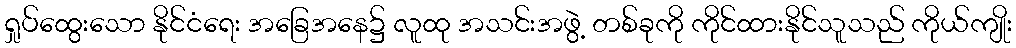
ရှုပ်ထွေးသော နိုင်ငံရေး အခြေအနေ၌ လူထု အသင်းအဖွဲ့ တစ်ခုကို ကိုင်ထားနိုင်သူသည် ကိုယ်ကျိုး